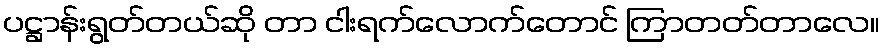
ပဋ္ဌာန်းရွတ်တယ်ဆို တာ ငါးရက်လောက်တောင် ကြာတတ်တာလေ။